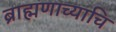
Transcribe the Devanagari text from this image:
ब्राह्मणाच्याचि